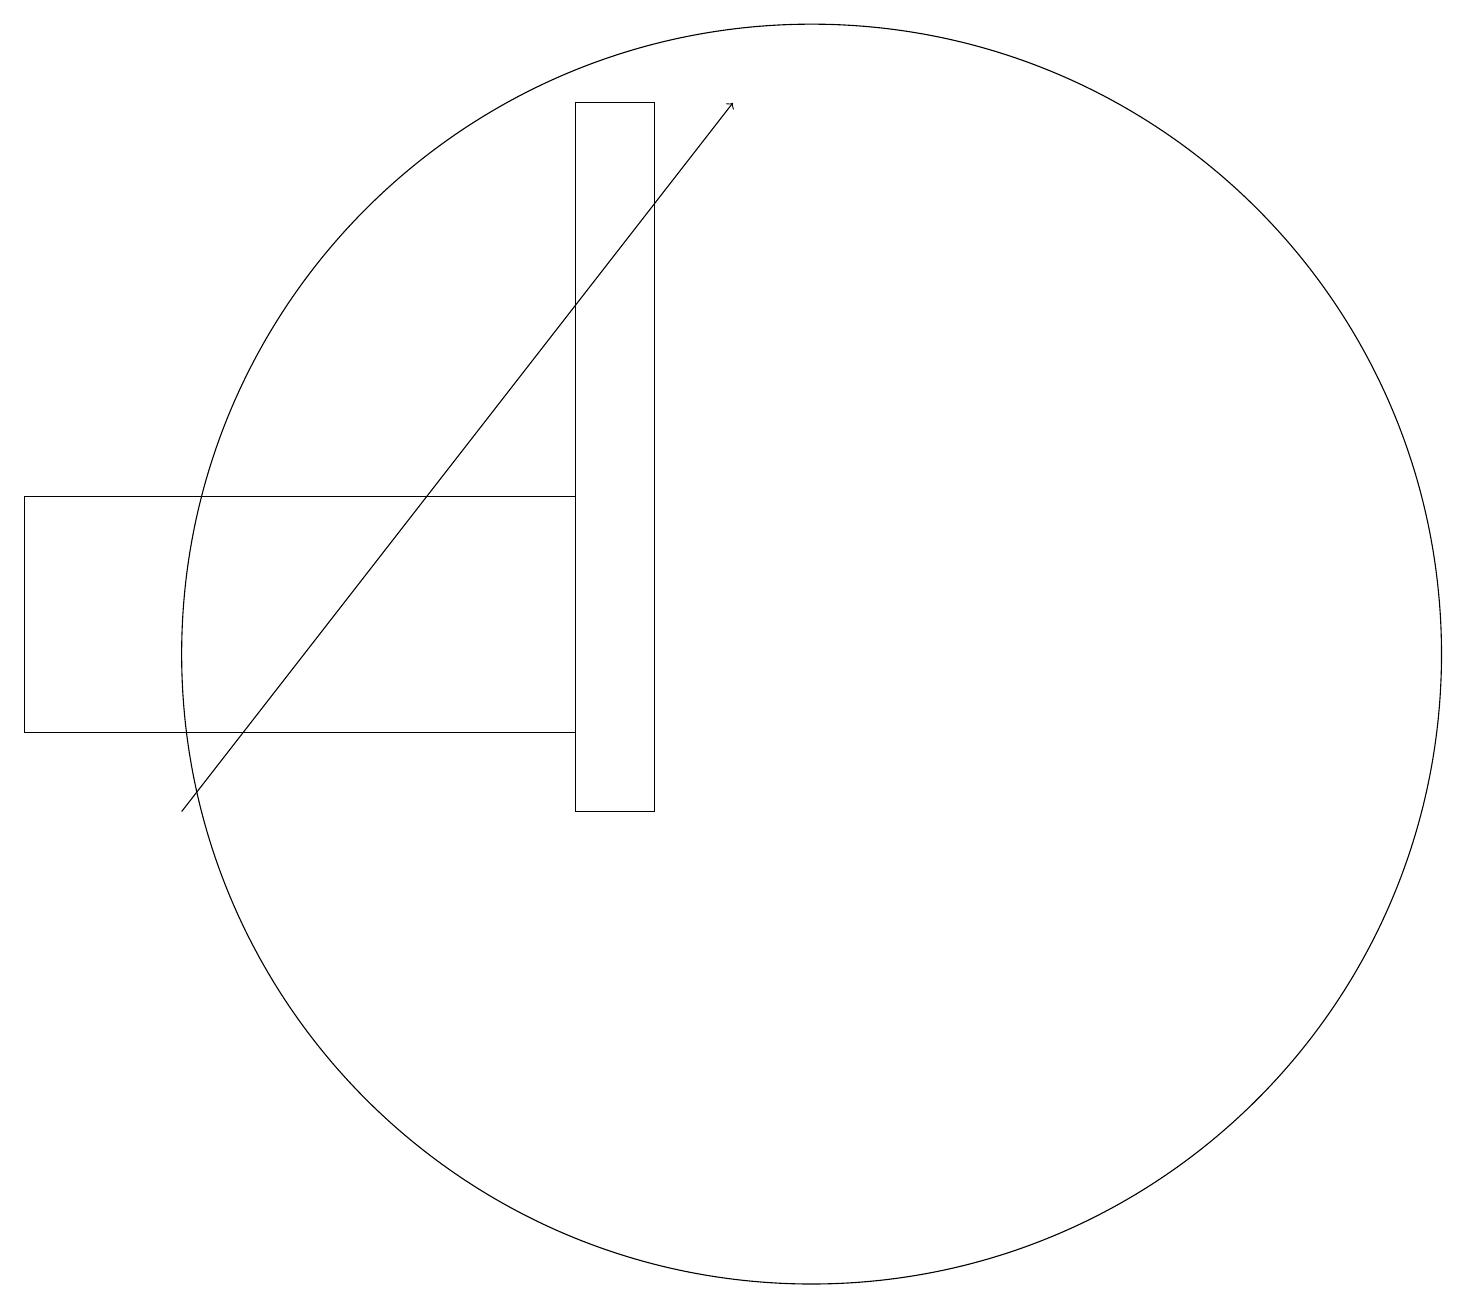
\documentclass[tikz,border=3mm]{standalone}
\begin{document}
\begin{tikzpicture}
\draw (10,12) circle (8);
\draw (8,19) rectangle (7,10);
\draw (7,11) rectangle (0,14);
\draw[->] (2,10) -- (9,19);
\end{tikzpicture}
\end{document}